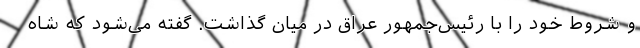
و شروط خود را با رئیس‌جمهور عراق در میان گذاشت. گفته می‌شود که شاه